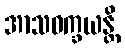
အာသဝက္ခယန္တိ